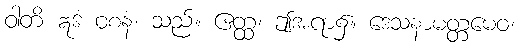
ဝါတိ ဣဒံ ဝစနံ၊ သည်။ ဧတ္ထ၊ ဤအရာ၌။ ဒေသနာမတ္တမေဝ၊